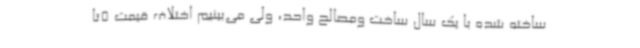
ساخته شده با یک سال ساخت ومصالح واحد، ولی می‌بینیم اختلاف قیمت 5تا